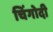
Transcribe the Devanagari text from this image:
चिंगोदी